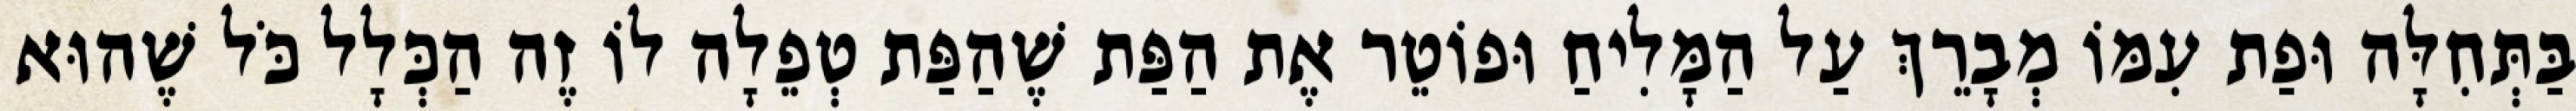
בַּתְּחִלָּה וּפַת עִמּוֹ מְבָרֵךְ עַל הַמָּלִיחַ וּפוֹטֵר אֶת הַפַּת שֶׁהַפַּת טְפֵלָה לוֹ זֶה הַכְּלָל כֹּל שֶׁהוּא